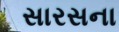
સારસના